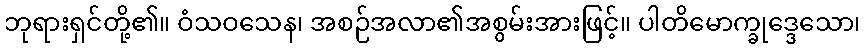
ဘုရားရှင်တို့၏။ ဝံသဝသေန၊ အစဉ်အလာ၏အစွမ်းအားဖြင့်။ ပါတိမောက္ခုဒ္ဒေသော၊